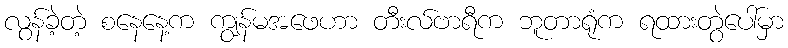
လွန်ခဲ့တဲ့ စနေနေ့က ကျွန်မအဖေဟာ တီးလ်ဗာရီက ဘူတာရုံက ရထားတွဲပေါ်မှာ